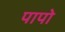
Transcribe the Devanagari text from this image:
पापो